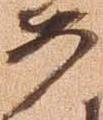
如